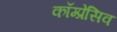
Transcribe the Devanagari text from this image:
कॉम्प्रेसिव